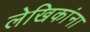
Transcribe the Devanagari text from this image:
लेखिकांना